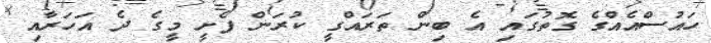
ހައުސްއެއްގެ ގޮތުގައި އެ ބިން ތަރައްގީ ކުރަން ފެށީ މީގެ ދެ އަހަރާއި